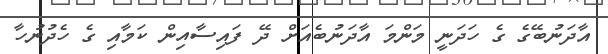
އާދަނުބޭގެ ގެ ހަދަނީ މަންމަ އާދަނުބެއަށް ދޭ ފައިސާއިން ކަމާއި ގެ ހެދުނުހާ